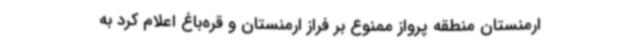
ارمنستان منطقه پرواز ممنوع بر فراز ارمنستان و قره‌باغ اعلام کرد به